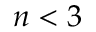
n < 3